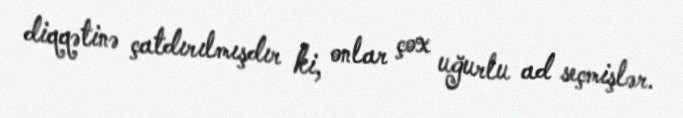
diqqətinə çatdırılmışdır ki, onlar çox uğurlu ad seçmişlər.